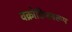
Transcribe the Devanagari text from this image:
वक्रोक्तिस्वरूप